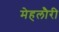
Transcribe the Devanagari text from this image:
मेहलौरी